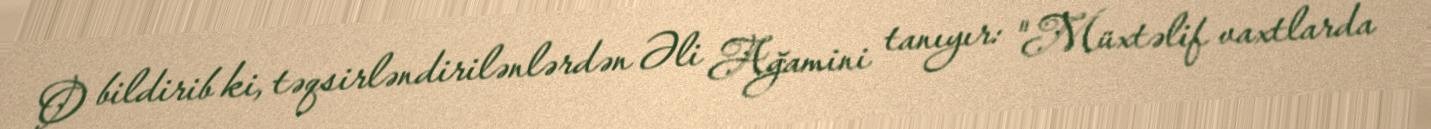
O bildirib ki, təqsirləndirilənlərdən Əli Ağamini tanıyır: "Müxtəlif vaxtlarda